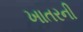
ખાતરની